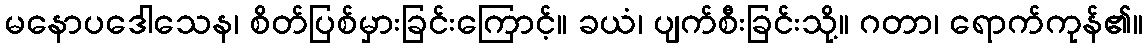
မနောပဒေါသေန၊ စိတ်ပြစ်မှားခြင်းကြောင့်။ ခယံ၊ ပျက်စီးခြင်းသို့။ ဂတာ၊ ရောက်ကုန်၏။